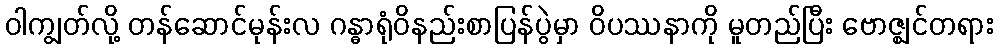
ဝါကျွတ်လို့ တန်ဆောင်မုန်းလ ဂန္ဓာရုံဝိနည်းစာပြန်ပွဲမှာ ဝိပဿနာကို မူတည်ပြီး ဗောဇ္ဈင်တရား